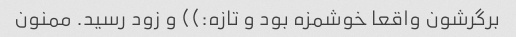
برگرشون واقعا خوشمزه بود و تازه:)) و زود رسید. ممنون